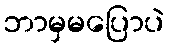
ဘာမှမပြောပဲ